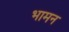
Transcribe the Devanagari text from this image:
भामन